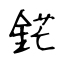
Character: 鋩